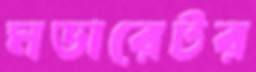
মডারেটর